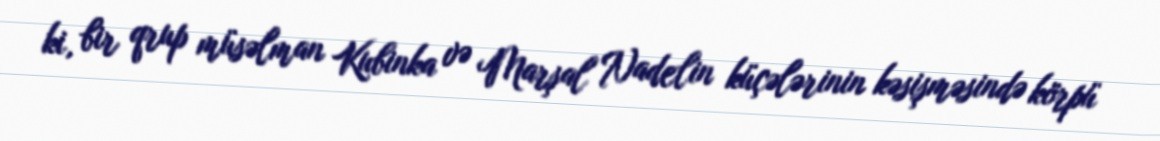
ki, bir qrup müsəlman Kubinka və Marşal Nadelin küçələrinin kəsişməsində körpü